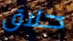
حلاق